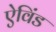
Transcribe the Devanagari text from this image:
ऐविंड